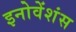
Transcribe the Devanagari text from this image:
इनोवेंशंस